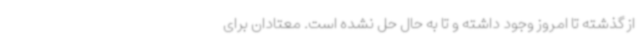
از گذشته تا امروز وجود داشته و تا به‌ حال حل‌ نشده‌ است. معتادان برای